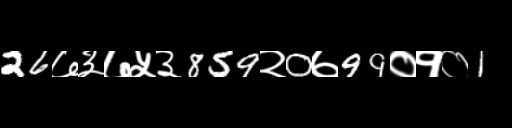
Text: 26७३७५३859२0७99०१०1